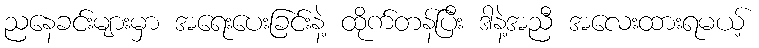
ညနေခင်းများမှာ အရေးပေးခြင်းနဲ့ ထိုက်တန်ပြီး ဒါနဲ့အညီ အလေးထားရမယ့်